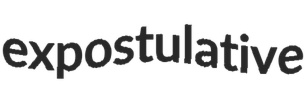
expostulative